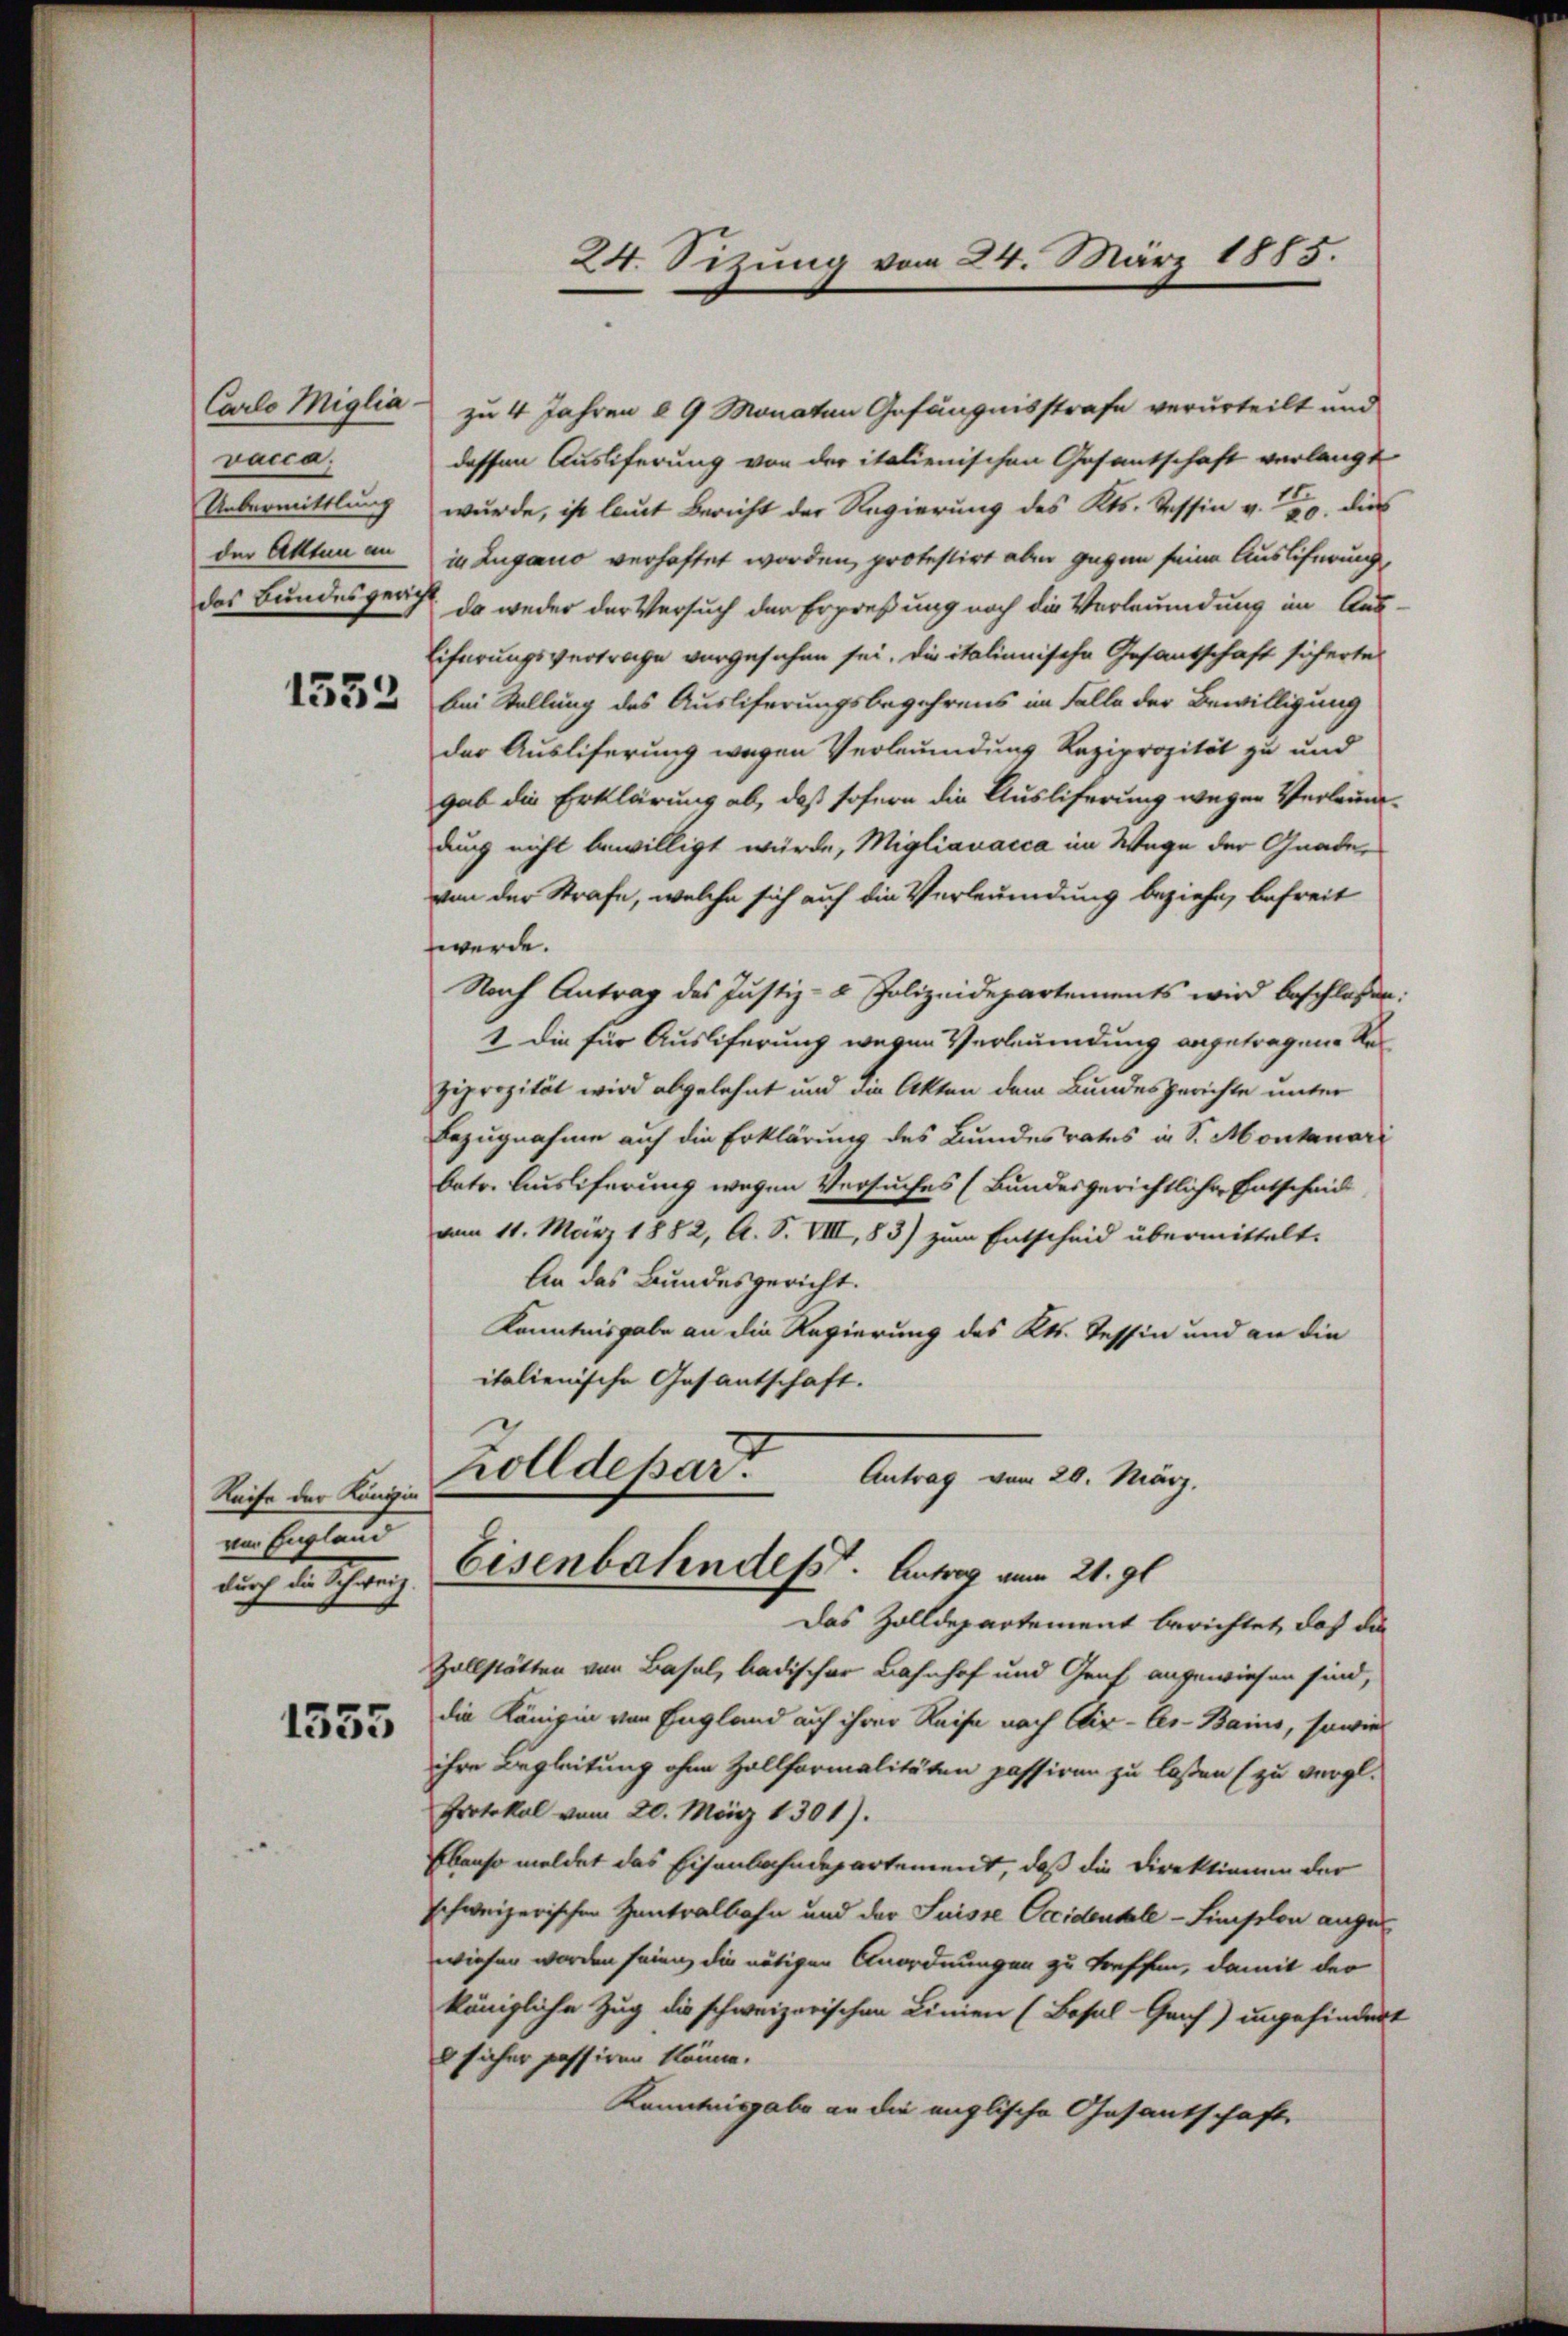
vacca.
Uebermittlung
der Akten an

1333

Reife der Königin
von England

1355

Carlo Miglia - zu 4 Jahren § 9 Monaten Gefängnisstrafe verurteilt und
dessen Auslieferung von der italienischen Gesantschaft verlangt
wurde, ist laut Bericht der Regierung des Kts. Tessin v. 220. dies
in Lugano verhaftet worden, protestirt aber gegen seine Ausliferung,
das Bundesgericht da weder der Versuch der Erpreßung noch die Verleumdung im Aus¬
Eiferungsvertrage vorgesehen sei. Die italienische Gesantschaft sicherte
bei Stellung des Ausliferungsbegehrens im Falle der Bewilligung
der Ausliferung wegen Verleumdung Reziprozität zu und
gab die Erklärung ab, daß sofern die Ausliferung wegen Verleindurch nicht bewilligt wurde, Migliauacca im Wege der Gnade,
von der Strafe, welche sich auf die Verleumdung beziehe, befreit
werde.
Nach Antrag des Justiz- & Polizeidepartements wird beschlossen:
1 die für Ausliferung wegen Verleumdung angetragene Re¬
Ziprozität wird abgelehnt und die Akten dem Bundesgerichte unter
Bezugnahme auf die Erklärung des Bundesrates in S. Montanari
betr. Ausliferung wegen Versuches (Bundesgerichtlicher Entscheid
vom 11. März 1882, A. S. VIII, 83) zum Entscheid übermittelt.
An das Bundesgericht.
Kenntnisgabe an die Regierung des Kts. Tessin und an die
italienische Gesantschaft.

24. Sizung vom 24. März 1885.

Zolldepart
Antrag vom 29. März.
durch die Schweiz Eisenbahndess. Antrag vom 21. gl.

Das Zolldepartement berichtet, daß die
Zollstätten von Basel, badischer Bahnhof und Graf angewiesen sind,
die Königin von England auf ihrer Reise nach Aix-les-Bains, sowie
ihre Begleitung ohne Zollformalitäten passiven zu laßen (zu vergl.
Protokol vom 20. März 1301).
Ebenso meldet das Eisenbahndepartement, daß die Direktionen der
schweizerischen Zentralbahn und der Suisse Occidentele - Limission ange
wiesen worden seinen die nötigen Anordnungen zu treffen, damit der
königliche Zug die schweizerischen Linien (Basal-Genf) ungehindert
 sicher passiren könne.
Kenntnisgabe an die englische Gesantschaft